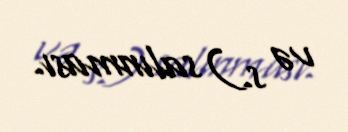
və s.) salınması.